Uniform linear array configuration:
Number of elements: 4
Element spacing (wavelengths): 1
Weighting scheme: kaiser
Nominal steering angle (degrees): -15
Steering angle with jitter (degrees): -14.226
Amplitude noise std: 0.05
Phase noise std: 0.05

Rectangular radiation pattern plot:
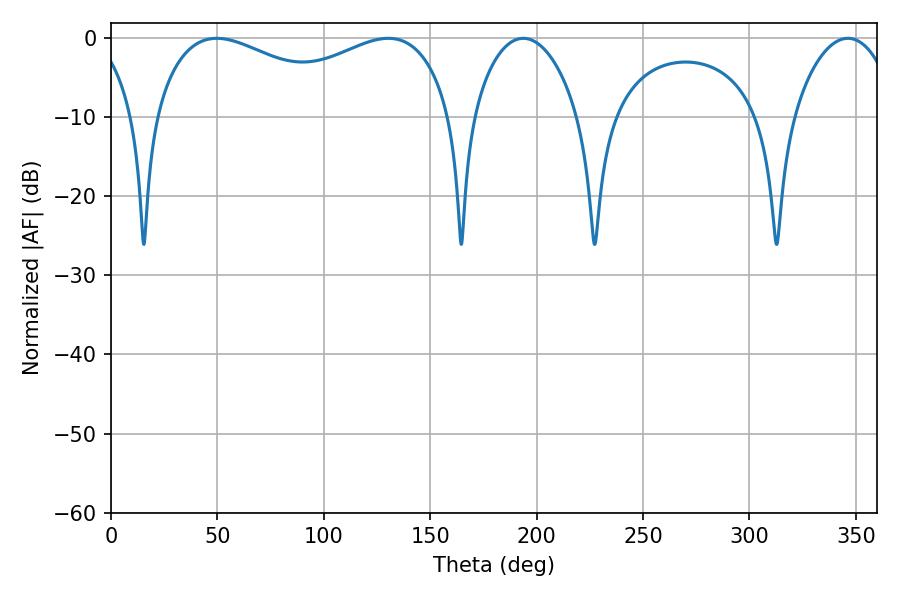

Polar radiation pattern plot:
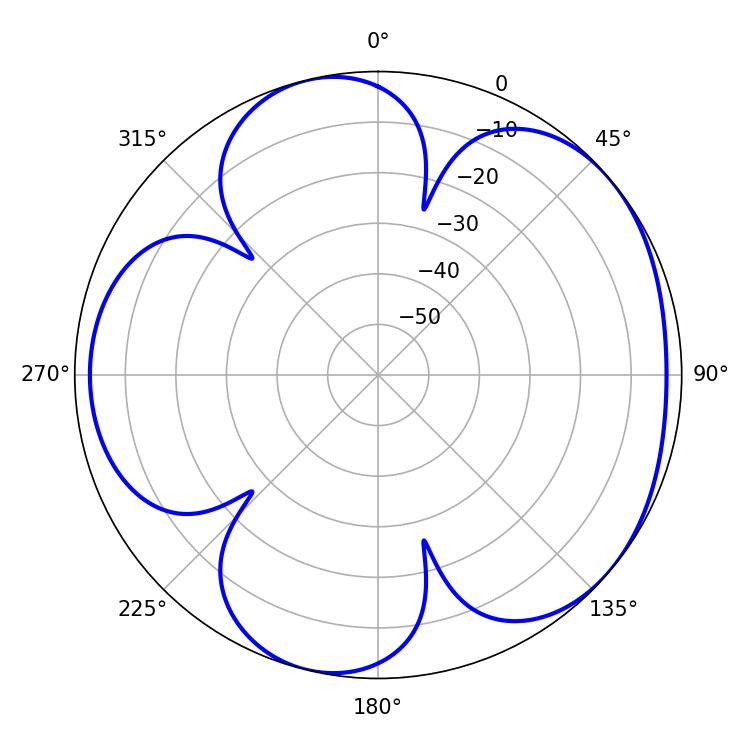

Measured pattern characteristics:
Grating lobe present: TRUE
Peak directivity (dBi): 4.789
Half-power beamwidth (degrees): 116.28
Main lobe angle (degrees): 49.68